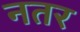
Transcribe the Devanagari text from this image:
नतर